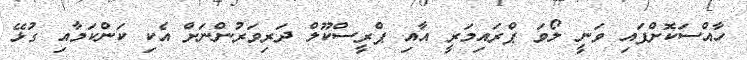
ހާއްސަކޮށްފައި ވަނީ ލޯވަ ޕްރައިމަރީ އާއި ޕްރީސްކޫލް ދަރިވަރުންނަށް އެކި ކަންކަމާއި ގުޅޭ